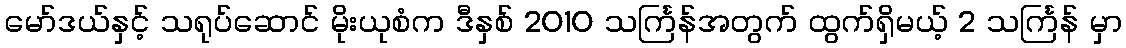
မော်ဒယ်နှင့် သရုပ်ဆောင် မိုးယုစံက ဒီနှစ် 2010 သင်္ကြန်အတွက် ထွက်ရှိမယ့် 2 သင်္ကြန် မှာ